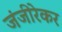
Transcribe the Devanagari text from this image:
जंजीरेकर